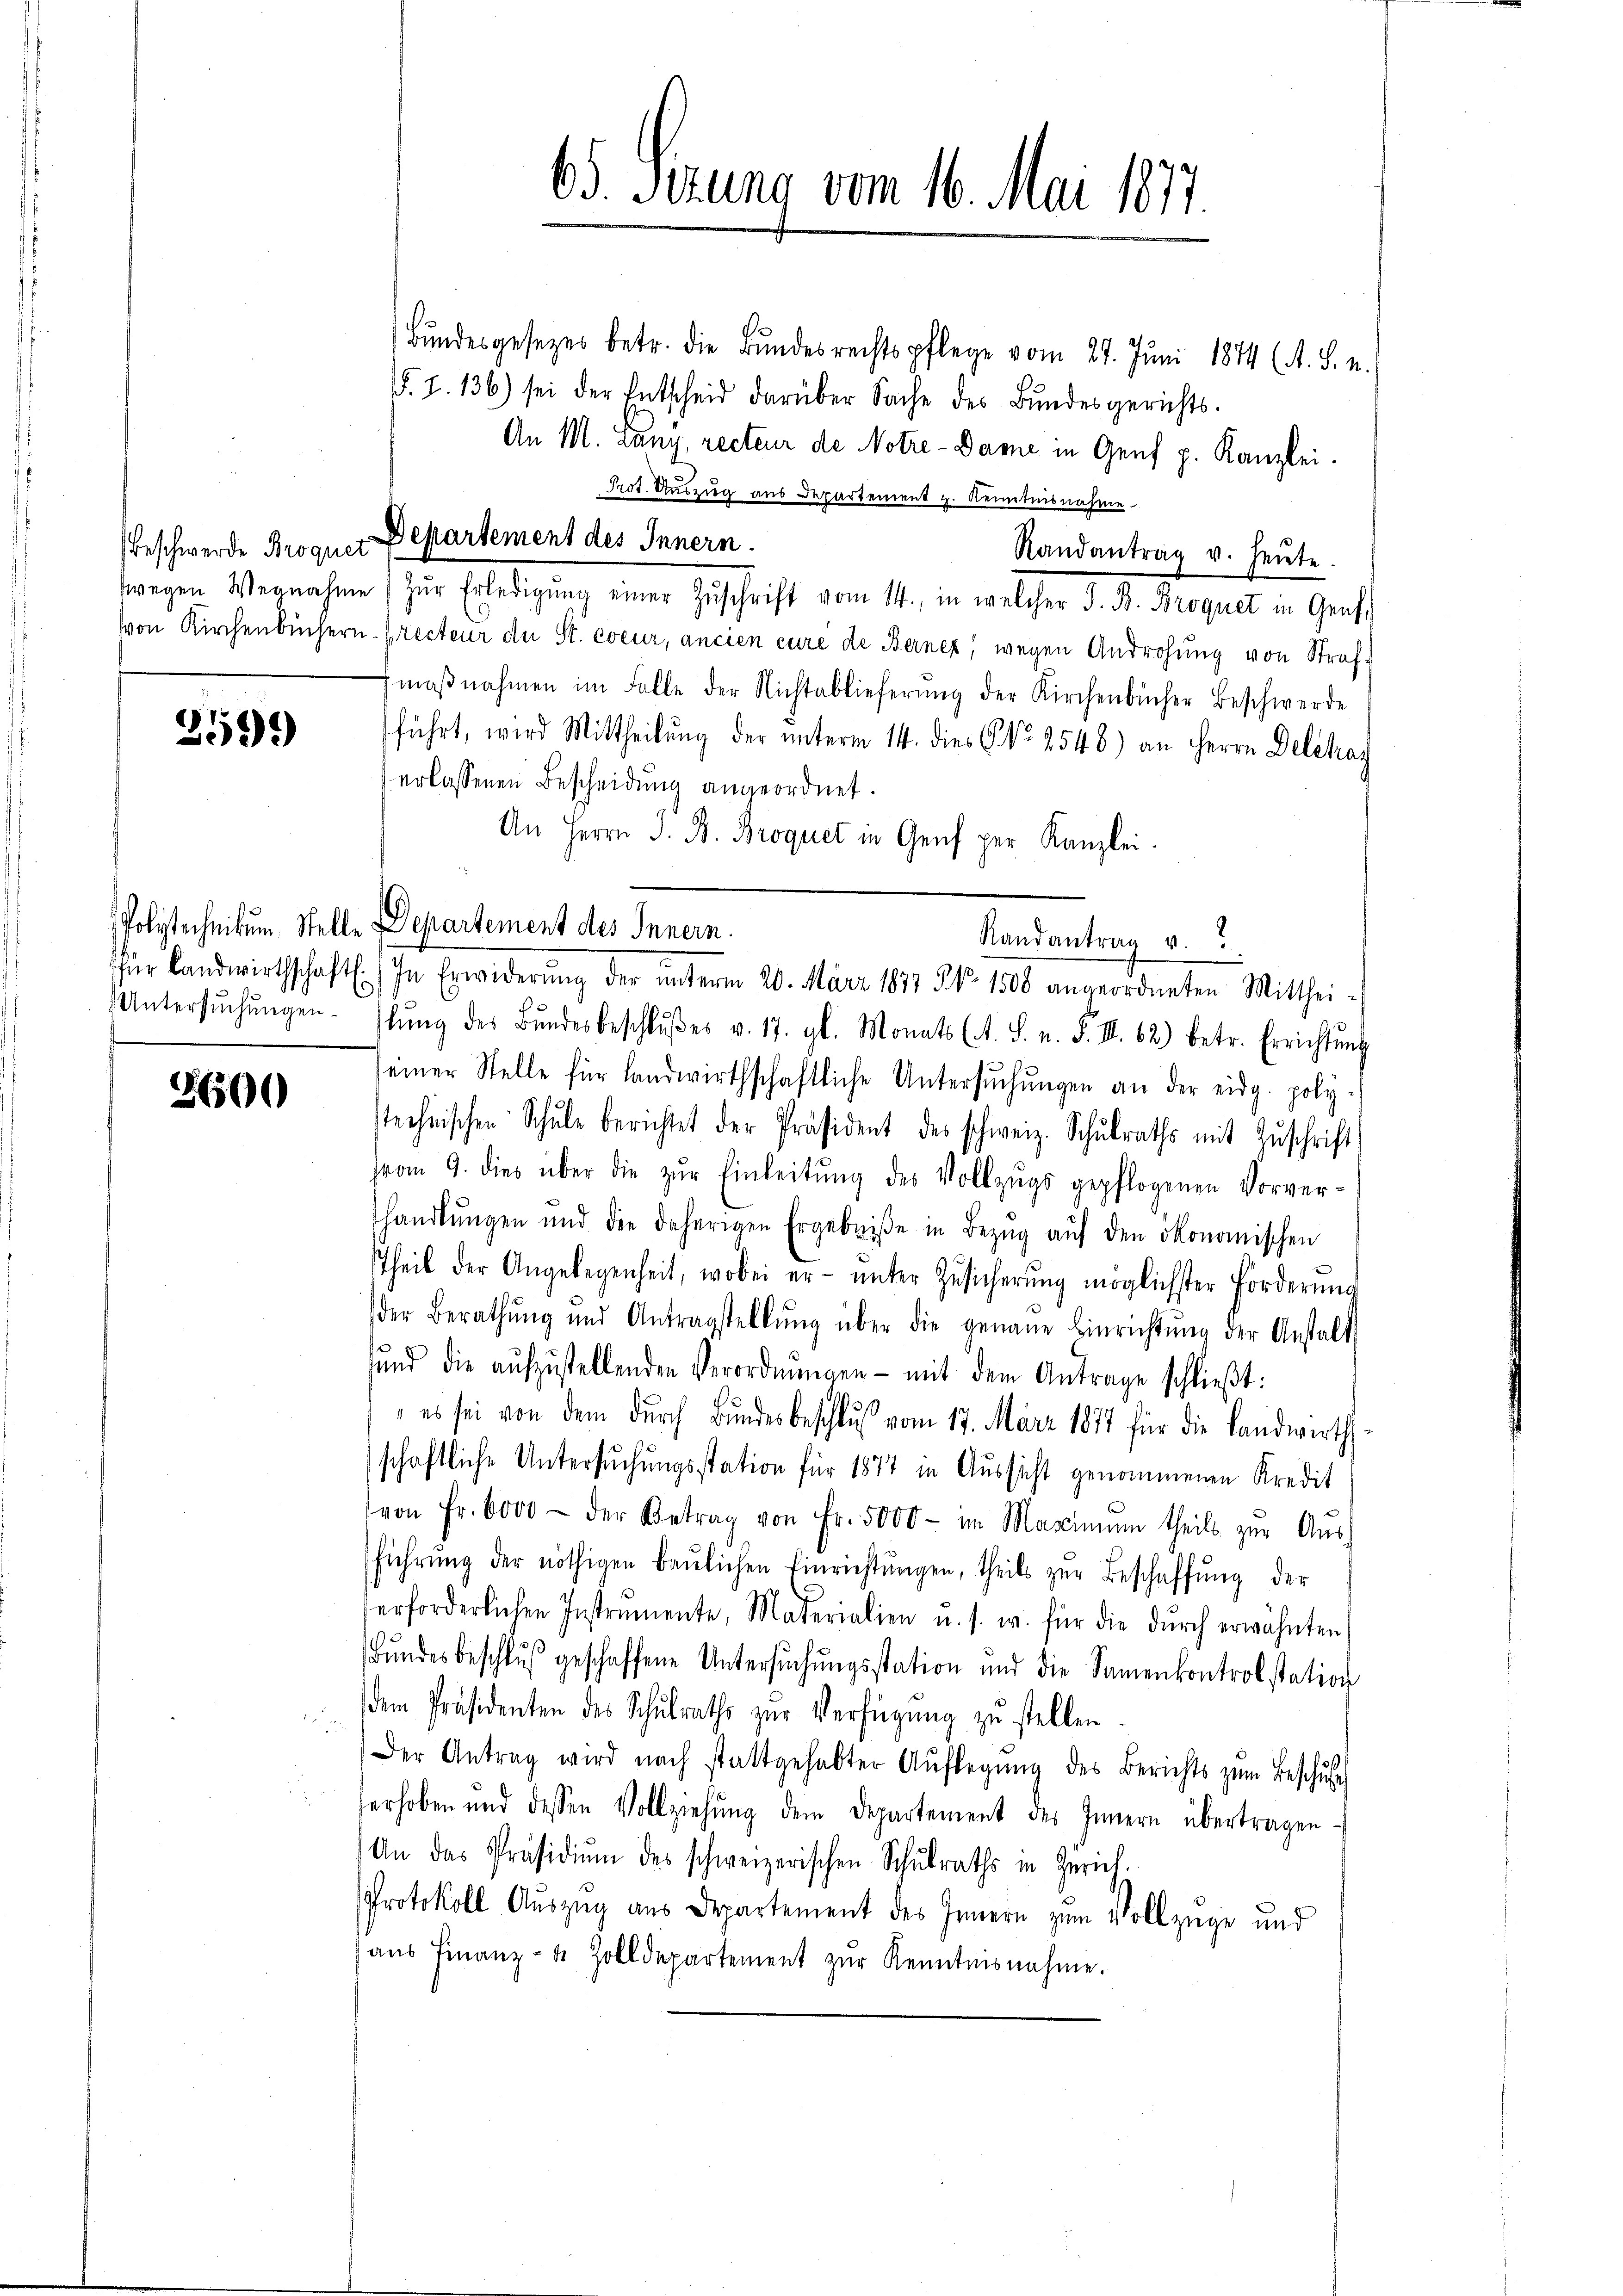
2599

Untersuchungen.

3600

Beschwerde Broquer Departement des Innern.

65. Ferung vom 16. Mai 1877.

Bŭndesgesetzes betr. die Bŭndesrechtspflege vom 27. Juni 1874 (A. S. n.
§. 7. 136) sei der Entscheid darüber Sache des Bundesgerichts-
An M. Lany, recteur de Notre-Dame in Genf p. Kanzlei.
Prot. Auszug aus Departement z. Kenntnisnahme
Randantrag u. heute.
swegen Wegnahme zŭr Erledigŭng einer Zŭschrift vom 14., in welcher S. B. Broquet in Genf
von Kirchenbüchern Precteur der St. coeur, ancien curé de Berner, wegen Androhung von Strafmaβnahmen im Falle der Nichtablieferŭng der Kirchenbücher Beschwerde
führt, wird Mittheilŭng der unterm 14. dies No 2548) an Herrn Delchaz
erlassenen Bescheidung angeordnet.
An Herrn S. B. Broquet in Genf per Kanzlei.
Polytechnitum Stelle Departement des Innern.
für Landwirthschaft. In Erwiderŭng der ŭnterm 20. März 1877 Nr. 1508 angeordneten Mitthei-
lŭng des Bŭndesbeschlŭβes v. 17. gl. Monats (A. S. n. F. II. 62) betr. Errichtŭng
einer Stelle für landwirthschaftliche Untersŭchŭngen an der eidg. poly-
stechnischen Schŭle berichtet der Präsident des schweiz. Schulraths mit Zuschrift
vom 9. dies über die zŭr Einleitŭng des Vollzŭgs gepflogenen Vorver-
handlŭngen und die daherigen Ergebniβe in Bezŭg aŭf den ökonomischen
theil der Angelegenheit, wobei er- ŭnter Zŭsicherŭng möglichster Forderŭng
der Berathŭng und Antragstellŭng über die genaue Einrichtŭng der Anstalt
ŭnd die aŭfzŭstellenden Verordnŭngen - mit dem Antrage schlieβt:
es sei von dem dŭrch Bŭndesbeschlŭβ vom 17. März 1871 für die Landwirths
schaftliche Untersuchungsstation für 1877 in Aussicht genommenen Kredit
von Fr. 6000 - der Betrag von Fr. 5000 - im Maximŭm theils zŭr Aŭs-
führŭng der nöthigen baŭlichen Einrichtŭngen, theils zŭr Beschaffŭng der
erforderlichen Instrumente, Materialien u. s. w. für die dŭrch erwähnten
Bŭndesbeschlŭβ geschaffene Untersŭchŭngsstation und die Samenkontrolstation
dem Präsidenten des Schulraths zur Verfügung zu stellen.
Der Antrag wird nach stattgehabter Aŭflegŭng des Berichts zŭm Beschŭle
erhoben und dessen Vollziehŭng dem Departement des Innern übertragen.
An das Präsidiŭm des schweizerischen Schŭlraths in Zürich-
Protokoll Auszug aus Departement des Innern zum Vollzüge und
haŭs Finanz- 4 Zolldepartement zŭr Kenntnisnahme.

Randantrag v.